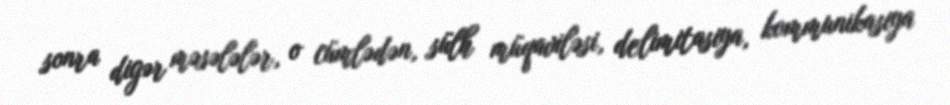
sonra digər məsələlər, o cümlədən, sülh müqaviləsi, delimitasiya, kommunikasiya